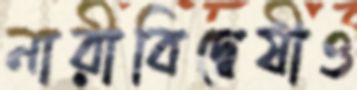
নারীবিদ্বেষীও